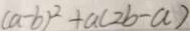
( a - b ) ^ { 2 } + a ( 2 b - a )